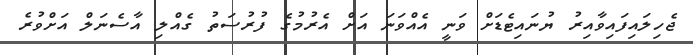
ޖެހިލައިފައިވާއިރު ޔުނައިޓެޑަށް ވަނީ އެއްވަނަ އަށް އެރުމުގެ ފުރުސަތު ގެއްލި އާސެނަލް އަށްވުރެ